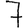
Digit: 7